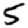
Digit: 5